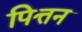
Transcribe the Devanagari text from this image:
पित्तन